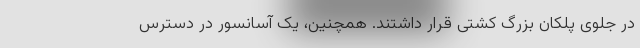
در جلوی پلکان بزرگ کشتی قرار داشتند. همچنین، یک آسانسور در دسترس